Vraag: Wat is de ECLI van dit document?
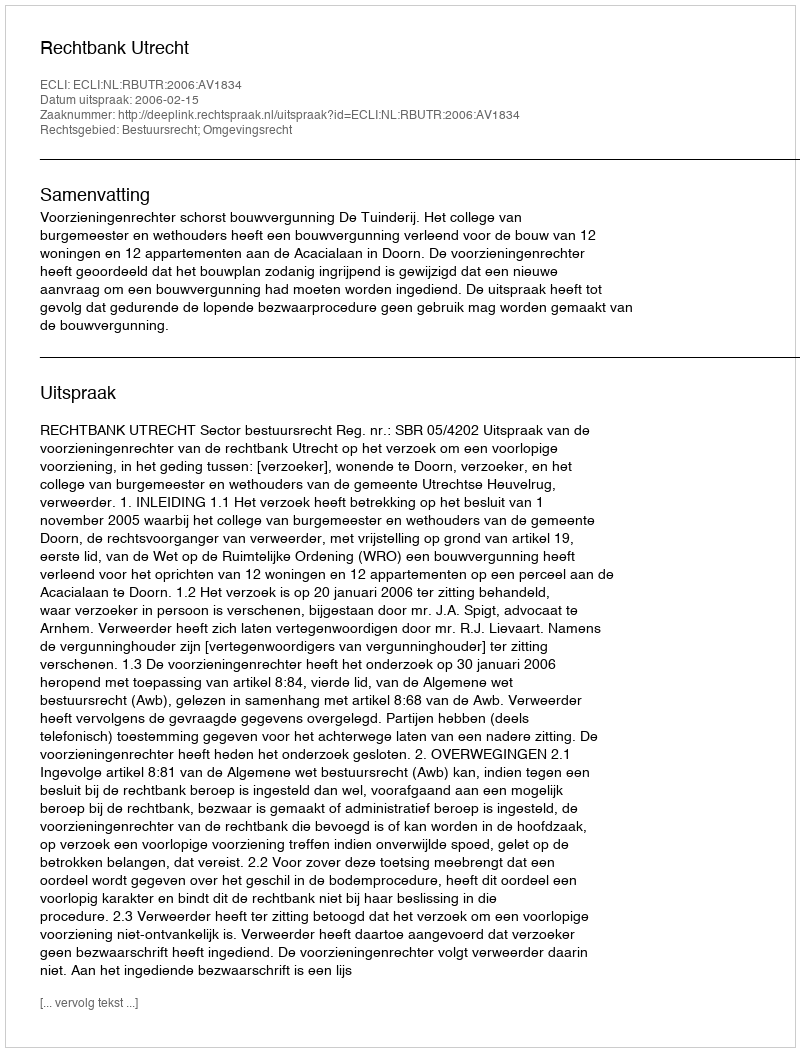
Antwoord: ECLI:NL:RBUTR:2006:AV1834